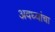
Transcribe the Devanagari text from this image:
अवघ्यांचा